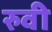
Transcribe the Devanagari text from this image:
रुवी